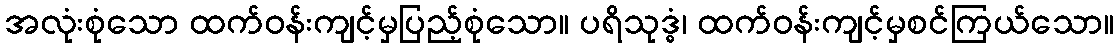
အလုံးစုံသော ထက်ဝန်းကျင့်မှပြည့်စုံသော။ ပရိသုဒ္ဓံ၊ ထက်ဝန်းကျင့်မှစင်ကြယ်သော။